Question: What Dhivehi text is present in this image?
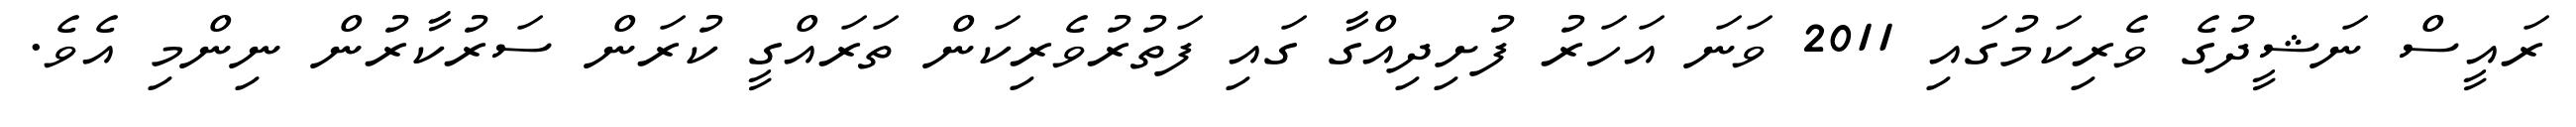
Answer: ރައީސް ނަޝީދުގެ ވެރިކަމުގައި 2011 ވަނަ އަހަރު ފުށިދިއްގާ ގައި ފަތުރުވެރިކަން ތަރައްގީ ކުރަން ސަރުކާރުން ނިންމި އެވެ.